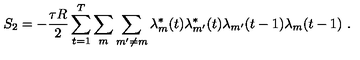
S _ { 2 } = - \frac { \tau R } { 2 } \sum _ { t = 1 } ^ { T } \sum _ { m } \sum _ { m ^ { \prime } \neq m } \lambda _ { m } ^ { * } ( t ) \lambda _ { m ^ { \prime } } ^ { * } ( t ) \lambda _ { m ^ { \prime } } ( t - 1 ) \lambda _ { m } ( t - 1 ) \ .